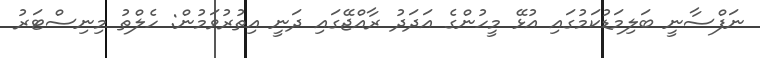
ނަފްސާނީ ބަލިމަޑުކަމުގައި އުޅޭ މީހުންގެ އަދަދު ރާއްޖޭގައި ދަނީ އިތުރުވަމުން: ހެލްތު މިނިސްޓަރު